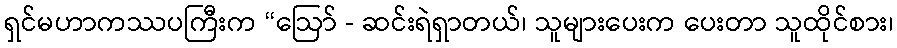
ရှင်မဟာကဿပကြီးက “ဩော် - ဆင်းရဲရှာတယ်၊ သူများပေးက ပေးတာ သူထိုင်စား၊